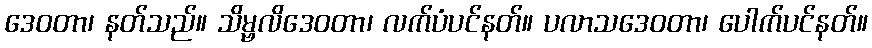
ဒေဝတာ၊ နတ်သည်။ သိမ္ဗလိဒေဝတာ၊ လက်ပံပင်နတ်။ ပလာသဒေဝတာ၊ ပေါက်ပင်နတ်။